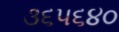
૩૬૫૬૪૦